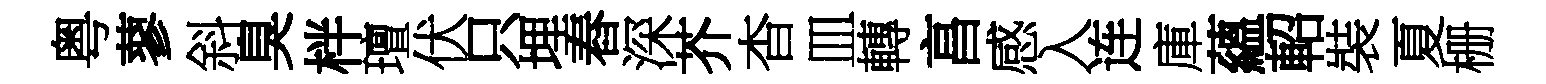
粤蓼斜臭柈璮伏只埋舂深芥杳皿轉亯感入连庫蘊軺裝夏栅